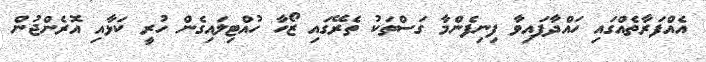
އެއްފަރާތެއްގައި ހައްދާފައިވާ ފިނިފެންމާ ގަސްތަކު ތެރޭގައި ޒޯހާ ހުއްޓިލައިގެން ހުރީ ކަޅާއި އޮރެންޖުން